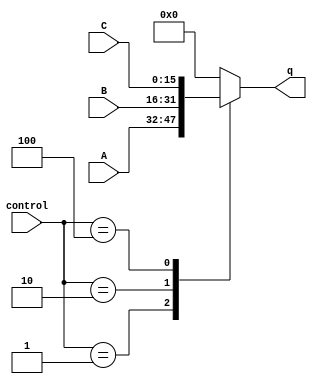
module multiplex (
  input [2:0] control,
  input [15:0] A, B, C,
  output reg [15:0] q
);

  always @*
    case(control)
      3'b001: q <= A;
      3'b010: q <= B;
      3'b100: q <= C;
      default: q <= 16'b0;
    endcase

endmodule